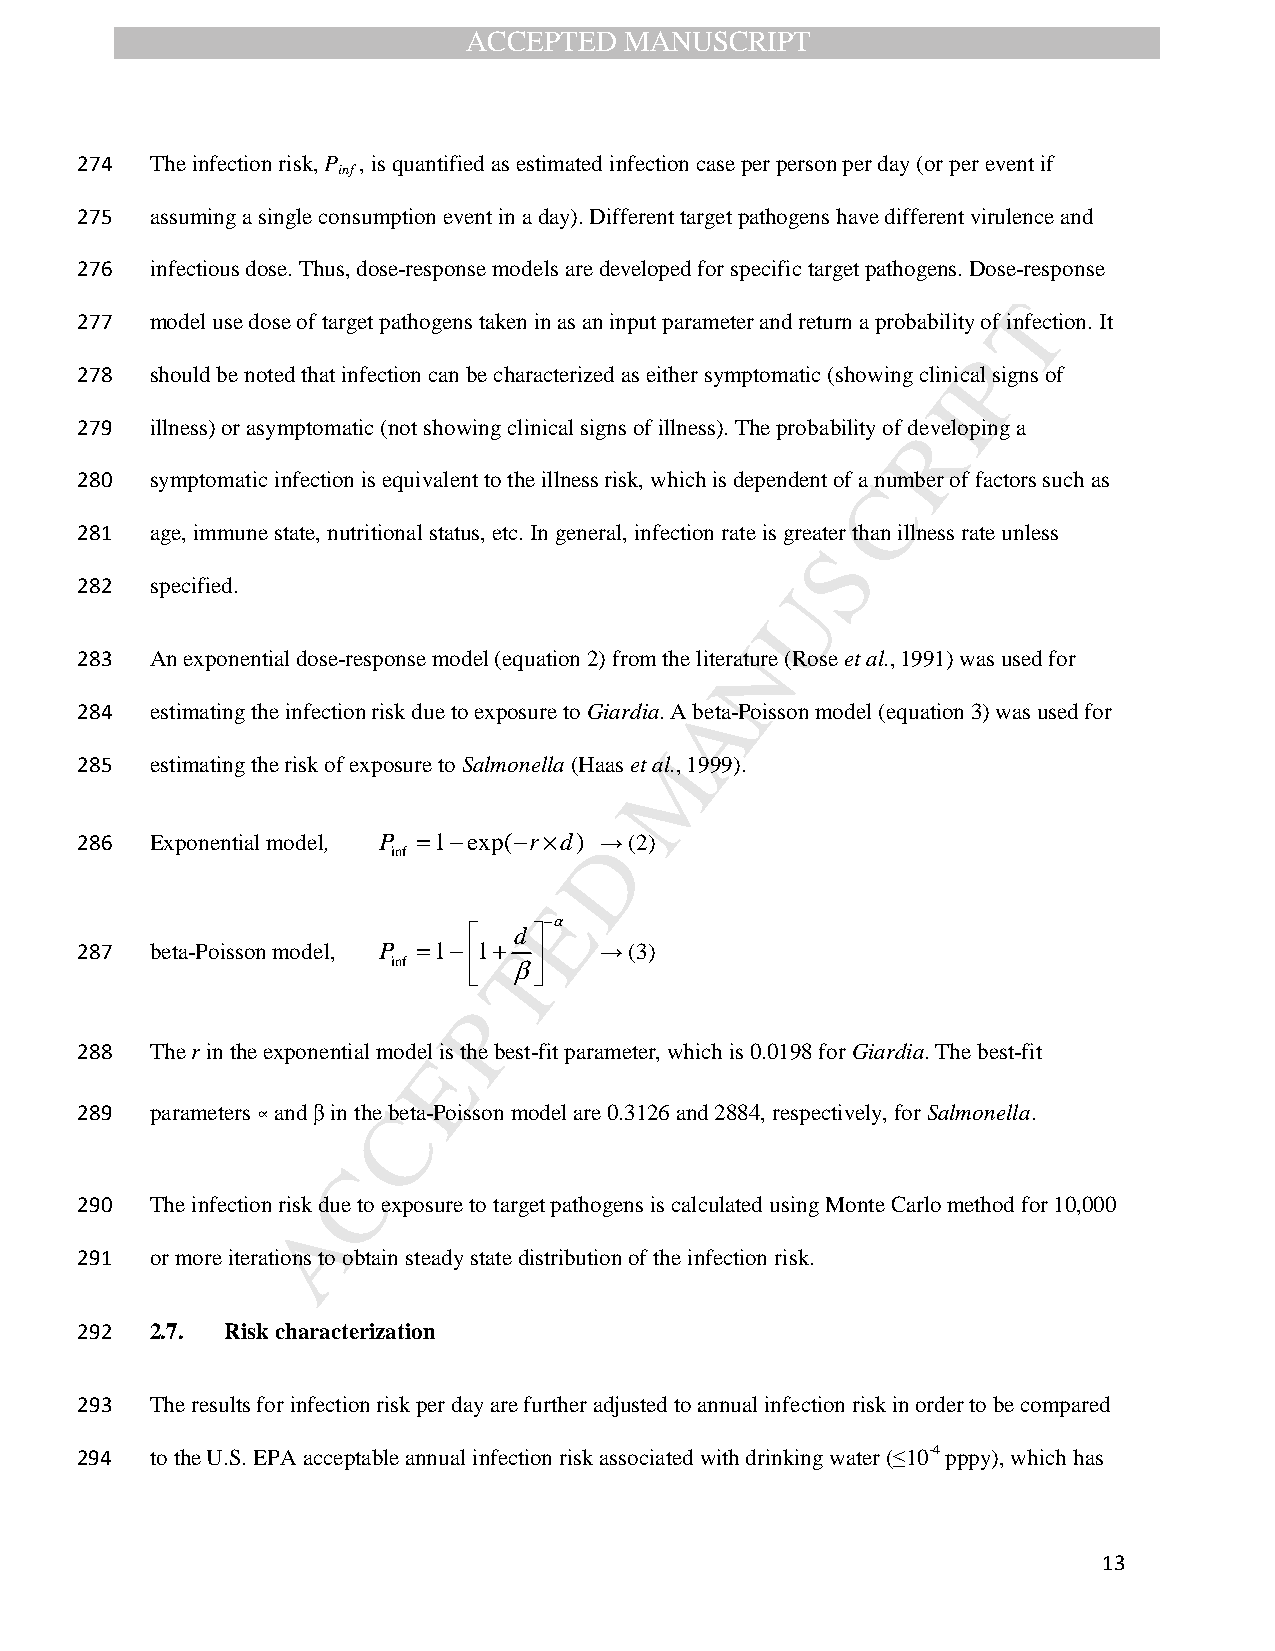
ACCEPTED  MANUSCRIPT
 274  The infection risk, P , is quantified as estimated infection case per person per day (or per event if
 inf
 275  assuming a single consumption event in a day). Different target pathogens have different virulence and
 276  infectious dose. Thus, dose-response models are developed for specific target pathogens. Dose-response
 T
 277  model use dose of target pathogens taken in as an input parameter and return a probability of infection. It
 P
 278  should be noted that infection can be characterized as either symptomatic (showing clinical signs of
 I
 279  illness) or asymptomatic (not showing clinical signs of illness). The probability of dReveloping a
 280  symptomatic infection is equivalent to the illness risk, which is dependent of aC number of factors such as
 281  age, immune state, nutritional status, etc. In general, infection rate is greater than illness rate unless
 S
 282  specified.                                U
 N
 283  An exponential dose-response model (equation 2) from the literature (Rose et al., 1991) was used for
 A
 284  estimating the infection risk due to exposure to Giardia. A beta-Poisson model (equation 3) was used for
 M
 285  estimating the risk of exposure to Salmonella (Haas et al., 1999).
 286  Exponential model, P =1- exp-(· r d) D → (2)
 inf
 E
 - a
   d 
 287  beta-Poisson model, P =1- 1+ T → (3)
 inf     b
    
 P
 288  The r in the exponential modeEl is the best-fit parameter, which is 0.0198 for Giardia. The best-fit
 289  parameters ∝ and β in theC beta-Poisson model are 0.3126 and 2884, respectively, for Salmonella.
 C
 290  The infection risk due to exposure to target pathogens is calculated using Monte Carlo method for 10,000
 A
 291  or more iterations to obtain steady state distribution of the infection risk.
 292  2.7. Risk characterization
 293  The results for infection risk per day are further adjusted to annual infection risk in order to be compared
 294  to the U.S. EPA acceptable annual infection risk associated with drinking water (≤10-4 pppy), which has
 13